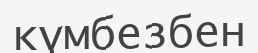
күмбезбен